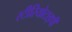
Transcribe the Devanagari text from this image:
स्‍टीरियोटाइपी